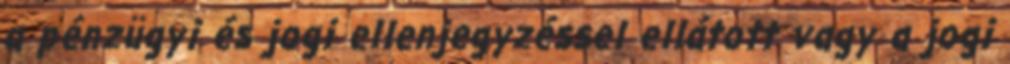
a pénzügyi és jogi ellenjegyzéssel ellátott vagy a jogi